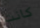
كانت